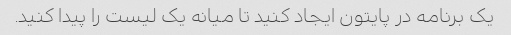
یک برنامه در پایتون ایجاد کنید تا میانه یک لیست را پیدا کنید.